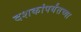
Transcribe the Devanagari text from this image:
दशकांपर्यंतच्या